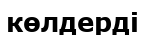
көлдерді